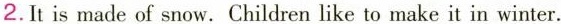
2.It is made of snow. Children like to make it in winter.